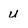
Character: u